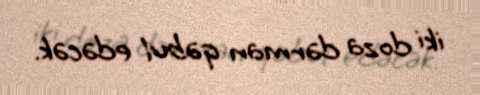
iki doza dərman qəbul edəcək.